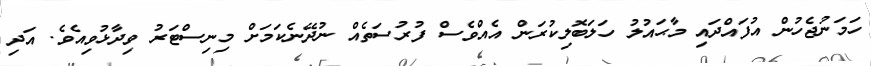
ހަމަނުޖެހުން އުފައްދައި މާޙައުލު ހަލަބޮލިކުރަން އެއްވެސް ފުރުސަތެއް ނުދޭނެކަމަށް މިނިސްޓަރު ވިދާޅުވިއެވެ. އަދި